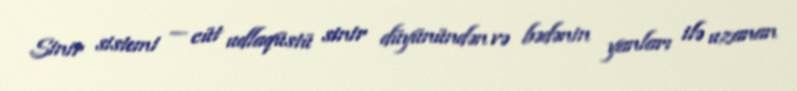
Sinir sistemi — cüt udlaqüstü sinir düyünündən və bədənin yanları ilə uzanan